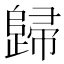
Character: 歸